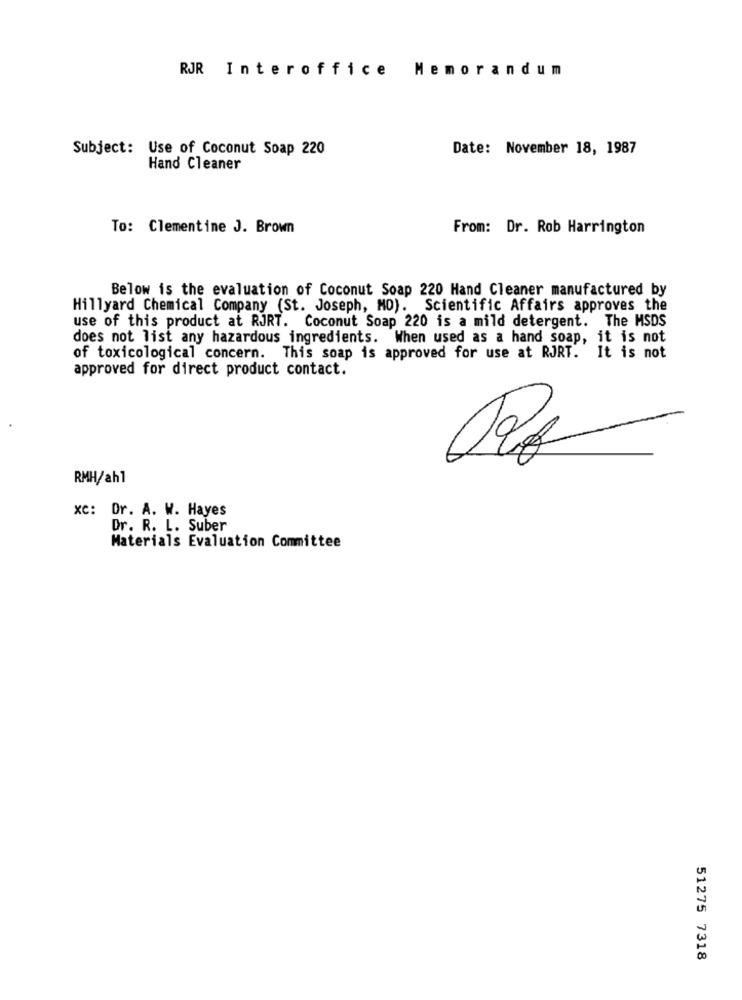
RJR Interoffice Memorandum
Subject: Use of Coconut Soap 220
Date: November 18, 1987
Hand Cleaner
To: Clementine J. Brown
From: Dr. Rob Harrington
Below is the evaluation of Coconut Soap 220 Hand Cleaner manufactured by
Hillyard Chemical Company (St. Joseph, MO). Scientific Affairs approves the
use of this product at RJRT. Coconut Soap 220 is a mild detergent. The MSDS
does not list any hazardous ingredients. When used as a hand soap, it is not
of toxicological concern. This soap is approved for use at RJRT. It is not
approved for direct product contact.
RMH/ahl
XC: Dr. A. W. Hayes
Dr. R. L. Suber
Materials Evaluation Committee
51275 7318